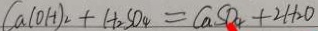
C a ( O H ) _ { 2 } + H _ { 2 } S O _ { 4 } = C a S O _ { 4 } + 2 H _ { 2 } O